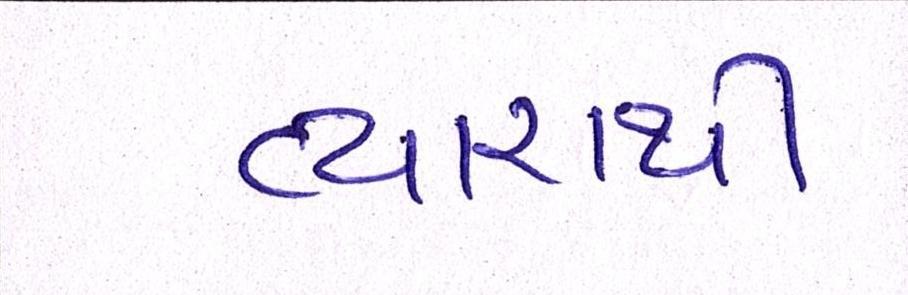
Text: વ્યારાથી